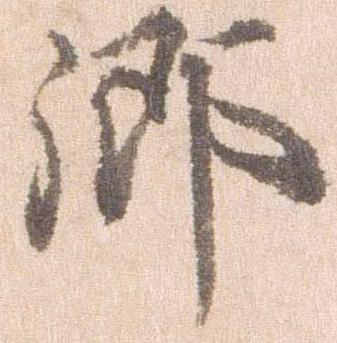
郷